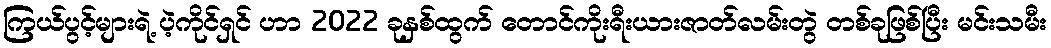
ကြယ်ပွင့်များရဲ့ ပဲ့ကိုင်ရှင် ဟာ 2022 ခုနှစ်ထွက် တောင်ကိုးရီးယားဇာတ်လမ်းတွဲ တစ်ခုဖြစ်ပြီး မင်းသမီး